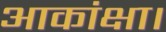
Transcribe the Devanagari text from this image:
आकांक्षा।